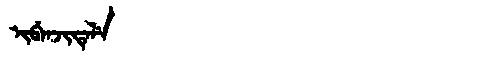
Manchu: ᡳᠪᡝᠨᠵᡳᡨᡝᠯᡝ
Romanization: IBENJITELE